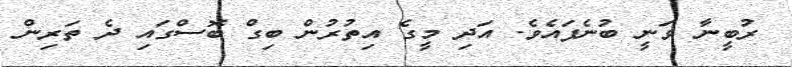
ރުބީނާ ވަނީ ބުނެފައެވެ. އަދި މީގެ އިތުރުން ބިގް ބޮސްގައި ދެ ތަރިން